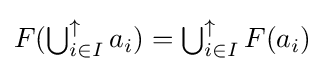
{\textstyle F(\bigcup _{i\in I}^{\uparrow }a_{i})=\bigcup _{i\in I}^{\uparrow }F(a_{i})}